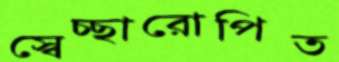
স্বেচ্ছারোপিত